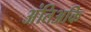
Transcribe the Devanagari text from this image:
अंतिअकि